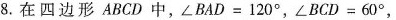
8.在 四边形 ABCD 中,$$∠ B A D = 1 2 0 °$$,$$∠ B C D = 6 0 °$$,